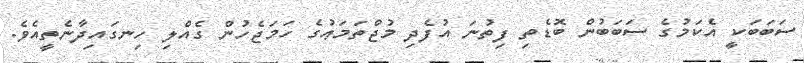
ސަބަބަކީ އެކަމުގެ ސަބަބުން ބޮޑެތި ފިތުނަ އުފެދި މުޖްތަމަޢުގެ ހަމަޖެހުން ގެއްލި ހިނގައިދާނެތީއެވެ.